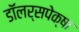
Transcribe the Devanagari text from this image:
डॉलर्सपेक्षा